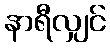
နာရီလျှင်